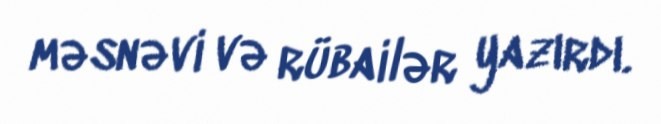
məsnəvi və rübailər yazırdı.